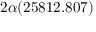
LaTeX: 2 \alpha ( 2 5 8 1 2 . 8 0 7 )